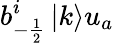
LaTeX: b_{-\frac{1}{2}}^{i}\left|k\right>u_{a}